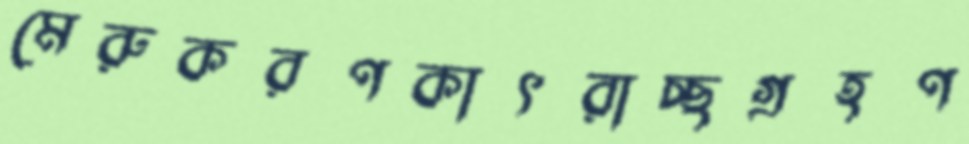
মেরুকরণকাৎরাচ্ছগ্রহণ